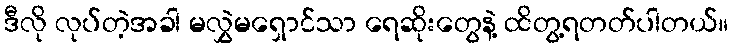
ဒီလို လုပ်တဲ့အခါ မလွှဲမရှောင်သာ ရေဆိုးတွေနဲ့ ထိတွ့ရတတ်ပါတယ်။